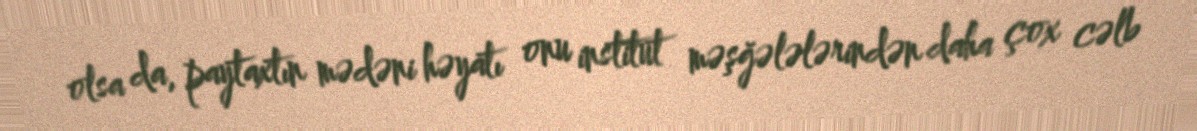
olsa da, paytaxtın mədəni həyatı onu institut məşğələlərindən daha çox cəlb